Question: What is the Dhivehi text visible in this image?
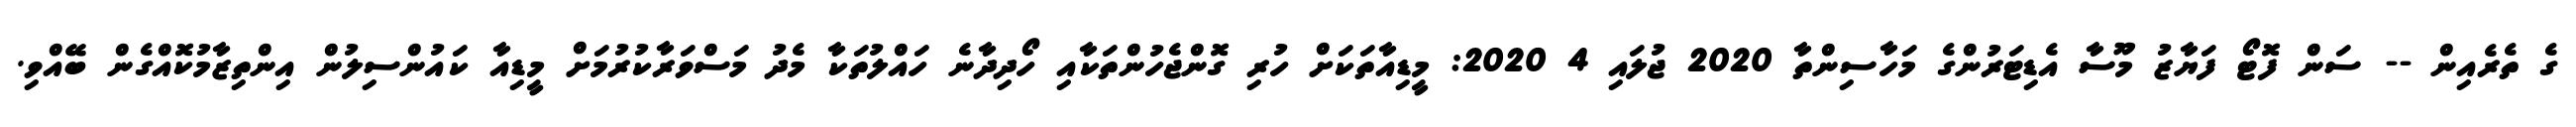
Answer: ގެ ތެރެއިން -- ސަން ފޮޓޯ ފަޔާޒު މޫސާ އެޑިޓަރުންގެ މަހާސިންތާ 2020 ޖުލައި 4 2020: މީޑިއާތަކަށް ހުރި ގޮންޖެހުންތަކާއި ހޯދިދާނެ ހައްލުތަކާ މެދު މަސްވަރާކުރުމަށް މީޑިއާ ކައުންސިލުން އިންތިޒާމުކޮއްގެން ބޭއްވި.